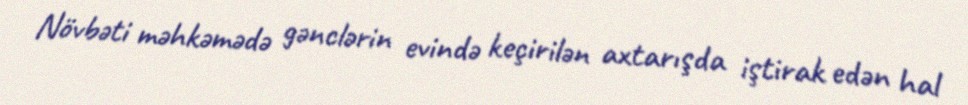
Növbəti məhkəmədə gənclərin evində keçirilən axtarışda iştirak edən hal